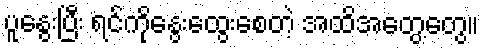
ပူနွေးပြီး ရင်ကိုနွေးထွေးစေတဲ့ အထိအတွေ့တွေ။